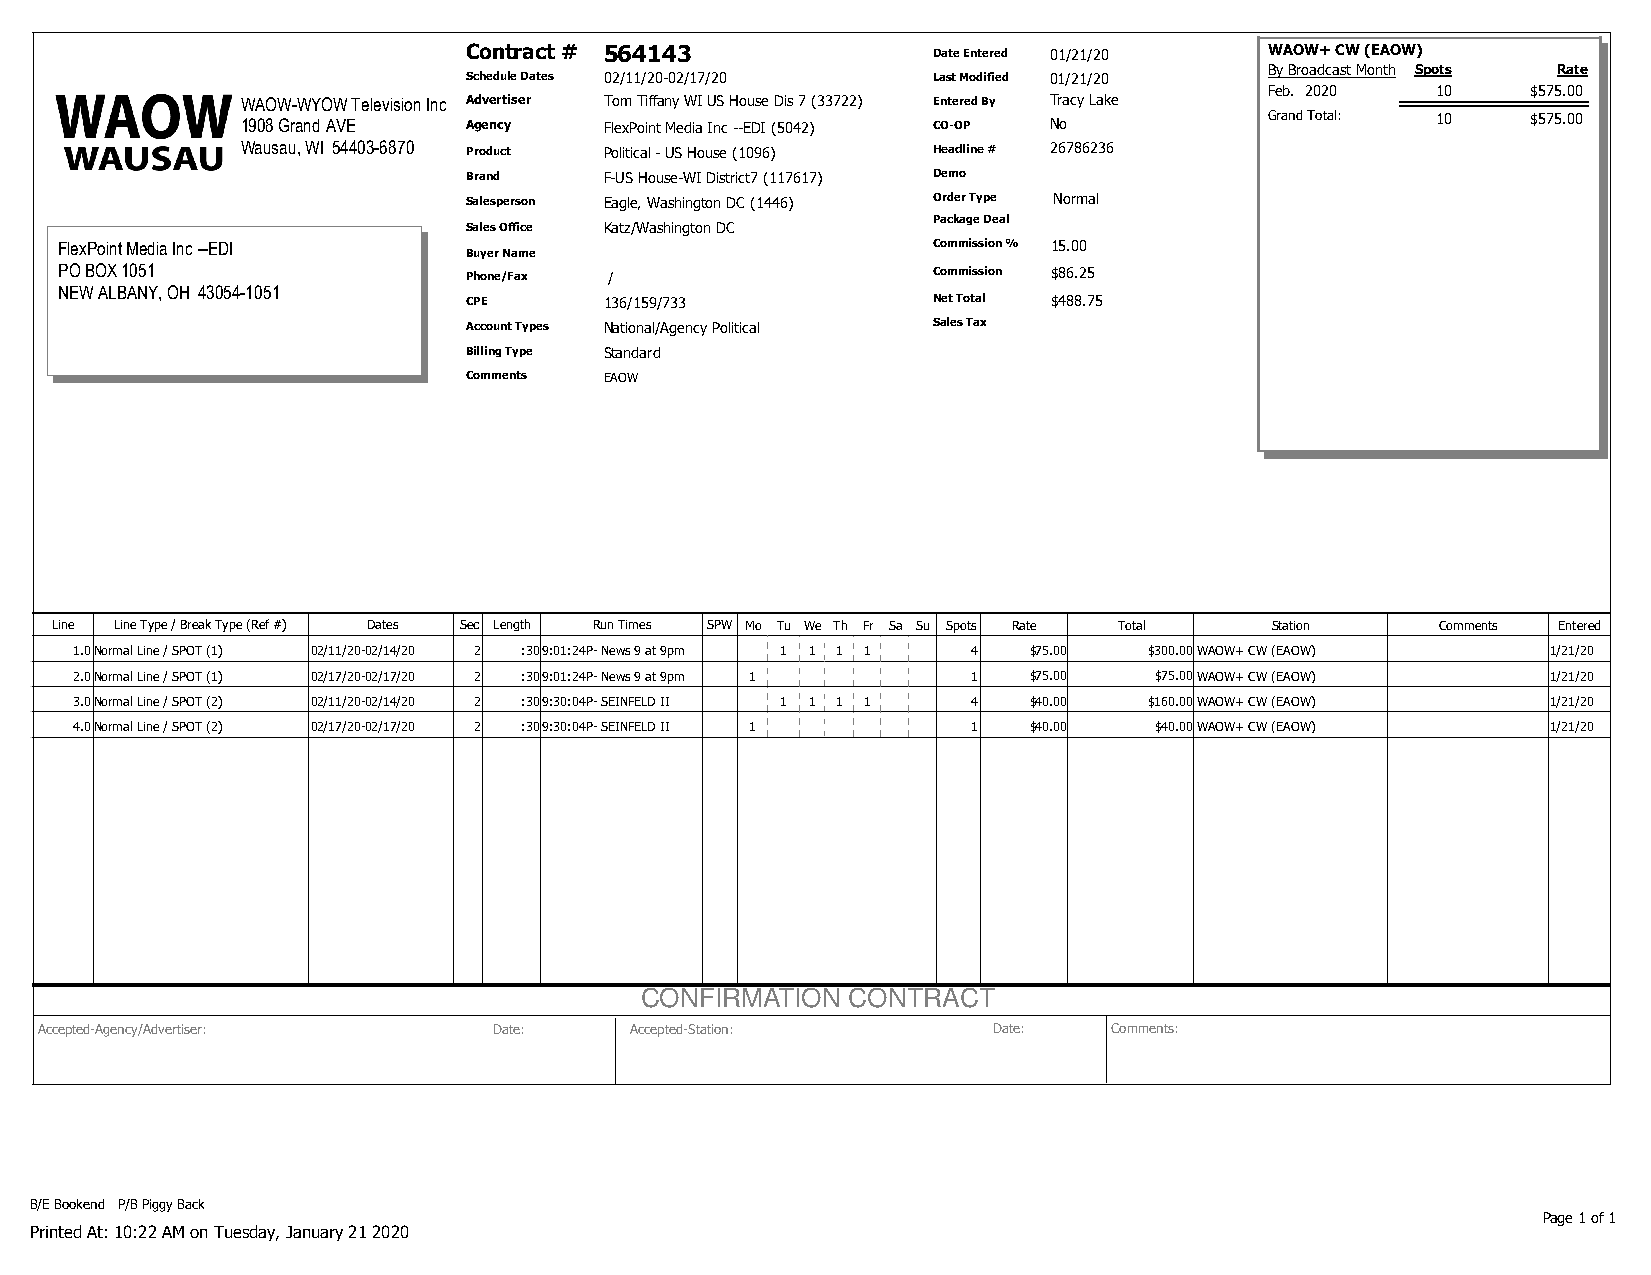
Contract # 564143              Date Entered 01/21/20 WAOW+ CW (EAOW)
 By Broadcast Month Spots Rate
 Schedule Dates 02/11/20-02/17/20 Last Modified 01/21/20
 Feb. 2020  10    $575.00
 WAOW-WYOW Television Inc Advertiser Tom Tiffany WI US House Dis 7 (33722) Entered By Tracy Lake
 1908 Grand AVE Agency   FlexPoint Media Inc --EDI (5042) CO-OP No   Grand Total: 10  $575.00
 Wausau, WI 54403-6870 Product Political - US House (1096) Headline # 26786236
 Brand    F-US House-WI District7 (117617) Demo
 Salesperson Eagle, Washington DC (1446) Order Type Normal
 Package Deal
 Sales Office Katz/Washington DC
 FlexPoint Media Inc --EDI                                 Commission % 15.00
 Buyer Name
 PO BOX 1051                Phone/Fax /                    Commission $86.25
 NEW ALBANY, OH 43054-1051
 CPE      136/159/733           Net Total $488.75
 Account Types National/Agency Political Sales Tax
 Billing Type Standard
 Comments EAOW
 Line Line Type / Break Type (Ref #) Dates Sec Length Run Times SPW Mo Tu We Th Fr Sa Su Spots Rate Total Station Comments Entered
 1.0Normal Line / SPOT (1) 02/11/20-02/14/20 2 :309:01:24P- News 9 at 9pm 1 1 1 1 4 $75.00 $300.00WAOW+ CW (EAOW) 1/21/20
 2.0Normal Line / SPOT (1) 02/17/20-02/17/20 2 :309:01:24P- News 9 at 9pm 1 1 $75.00 $75.00WAOW+ CW (EAOW) 1/21/20
 3.0Normal Line / SPOT (2) 02/11/20-02/14/20 2 :309:30:04P- SEINFELD II 1 1 1 1 4 $40.00 $160.00WAOW+ CW (EAOW) 1/21/20
 4.0Normal Line / SPOT (2) 02/17/20-02/17/20 2 :309:30:04P- SEINFELD II 1 1 $40.00 $40.00WAOW+ CW (EAOW) 1/21/20
 CONFIRMATION  CONTRACT
 Accepted-Agency/Advertiser:   Date:    Accepted-Station:       Date:   Comments:
 B/E Bookend P/B Piggy Back
 Page 1 of 1
 Printed At: 10:22 AM on Tuesday, January 21 2020